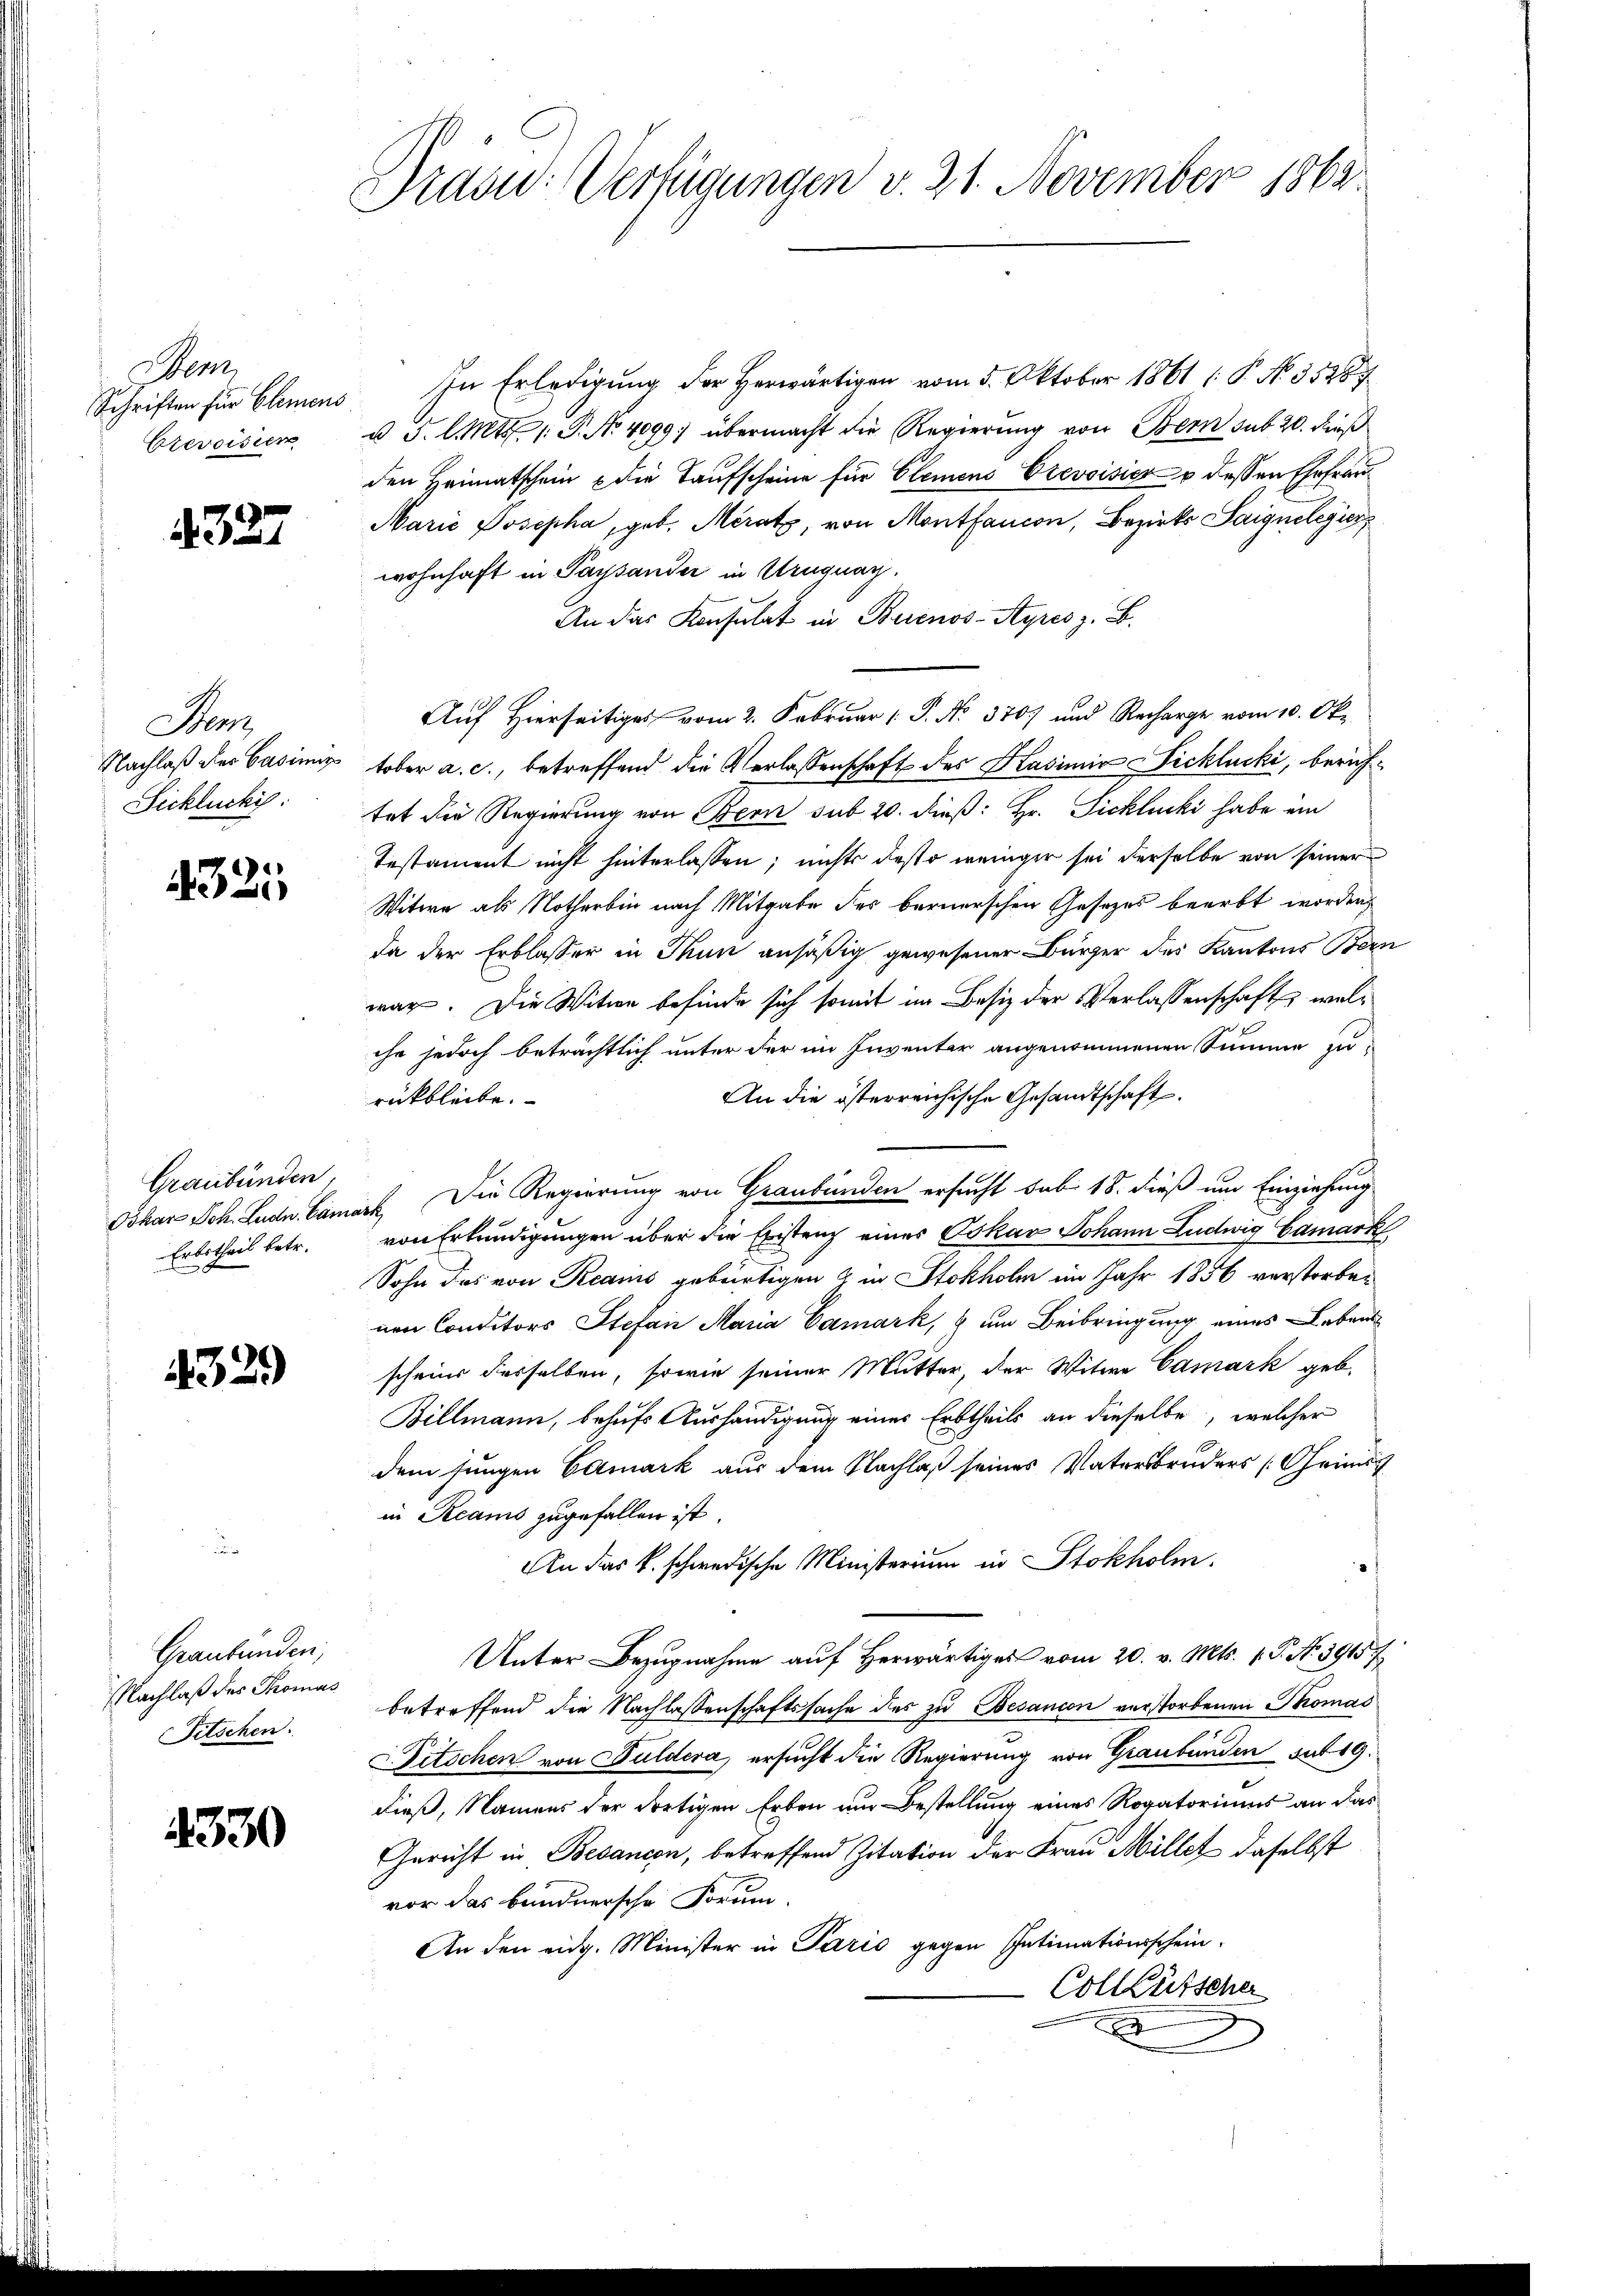
Sem
Orevoisier

327

Ma
Sickluckig.

321

Graubünden,

4329)

Graubünden;
Nachlaß des Thomas
Fitschen.

4330

Prand: Verfügungen v. 21. November 1863.

Schriften für Elemens In Erledigung der Herwärtigen vom 5. Oktober 1861 (: P. No. 31287
u 3. l. Mts. 1. P. Nr. 4099; übermacht die Regierung von Bern sub 20. dieß
den Heimatschein & die Taufscheine für Clemens Crevoisier u dessen Ehefrau¬
Marie Josepha, geb. Meratz, von Montancon, Bezirks Saignelegier
wohnhaft in Paysander in Uruguay,
An das Konsulat in Buenos-Ayres z. B.
Auf Hierseitiges vom 2. Februar [ P. No. 370) und Recharge vom 10. Ok
Nachlaß des Casimi tober a. c., betreffend die Verlassenschaft des Kasimir Sichlucki, berühtat die Regierung von Bern sub 20. dieß: Hr. Ficklucki habe ein
Testament nicht hinterlassen, nichts desto weniger sei derselbe von seiner
Witwe als Notherbin nach Mitgabe des bernerschen Gesezes beerbt worden,
da der Erblasser in Thun ansäßig gewesener Bürger des Kantons Bern
war. Die Witwe befinde sich somit im Besiz der Verlassenschaft, welche jedoch beträchtlich unter der im Inventar angenommenen Summe zu
An die österreichische Gesandtschaft.
rückbleibe.
Oskar Joh. Ludn Camark, Die Regierung von Graubünden ersucht sub 18. dieß um Einziehung
Erbetheil betr. von Erkundigungen über die Existenz einer Oskar Johann Ludwig Gamark
Sohn das von Reains gebürtigen zu Stokholm im Jahr 1856 verstorben
nen Conditors Stefan Maria Damark, & um Beibringung eines Lebens
schein desselben, sowie seiner Mutter, der Witwe Camark geb.
Billmann, behufs Aushändigung eines Erbtheils an dieselbe, welcher
dem jungen Camark aus dem Nachlaß seines Vatersbruders (Geimist
in Recams zugefallen ist.
An das k. schwedische Ministerium in Stokholm.
Unter Bezugnahme auf Herwärtiges vom 20. v. Mts. 1. P. N. 59157
betreffend die Nachlassenschaftssache des zu Besancon verstorbenen Thomas
Pitschen von Guldera, ersucht die Regierung von Graubünden sub 19.
dieß, Namens der dortigen Erben um Bestellung eines Rogatoriums an das
Gericht in Besancen, betreffend Zitation der Frau Millet daselbst
vor das bundnersche Forum.
An den eidg. Minister in Paris gegen Intimationsschein.
Collütscher
x